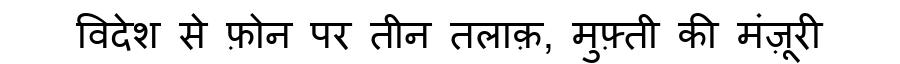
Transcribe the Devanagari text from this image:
विदेश से फ़ोन पर तीन तलाक़, मुफ़्ती की मंज़ूरी